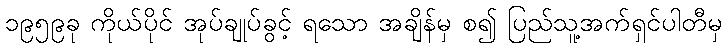
၁၉၅၉ခု ကိုယ်ပိုင် အုပ်ချုပ်ခွင့် ရသော အချိန်မှ စ၍ ပြည်သူ့အက်ရှင်ပါတီမှ